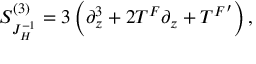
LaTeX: { \cal S } _ { J _ { H } ^ { - 1 } } ^ { ( 3 ) } = 3 \left( \partial _ { z } ^ { 3 } + 2 T ^ { F } \partial _ { z } + { T ^ { F } } ^ { \prime } \right) ,